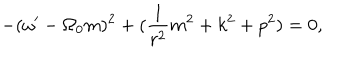
- ( \omega ^ { \prime } - \Omega _ { 0 } m ) ^ { 2 } + ( \frac { 1 } { r ^ { 2 } } m ^ { 2 } + k ^ { 2 } + p ^ { 2 } ) = 0 ,